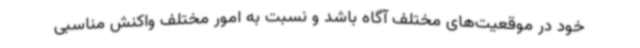
خود در موقعیت‌های مختلف آگاه باشد و نسبت به امور مختلف واکنش مناسبی